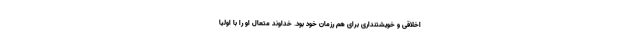
اخلاقی و خویشتنداری برای هم رزمان خود بود. خداوند متعال او را با اولیا